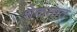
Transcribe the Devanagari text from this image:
शेकतात